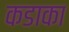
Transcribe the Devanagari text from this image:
कडाका